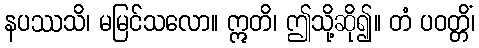
နပဿသိ၊ မမြင်သလော။ ဣတိ၊ ဤသို့ဆို၍။ တံ ပဝတ္တိံ၊